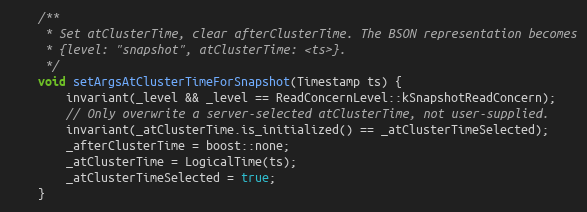
Language: C
    /**
     * Set atClusterTime, clear afterClusterTime. The BSON representation becomes
     * {level: "snapshot", atClusterTime: <ts>}.
     */
    void setArgsAtClusterTimeForSnapshot(Timestamp ts) {
        invariant(_level && _level == ReadConcernLevel::kSnapshotReadConcern);
        // Only overwrite a server-selected atClusterTime, not user-supplied.
        invariant(_atClusterTime.is_initialized() == _atClusterTimeSelected);
        _afterClusterTime = boost::none;
        _atClusterTime = LogicalTime(ts);
        _atClusterTimeSelected = true;
    }